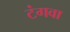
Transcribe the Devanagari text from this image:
टंगवा